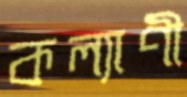
কল্যাণী